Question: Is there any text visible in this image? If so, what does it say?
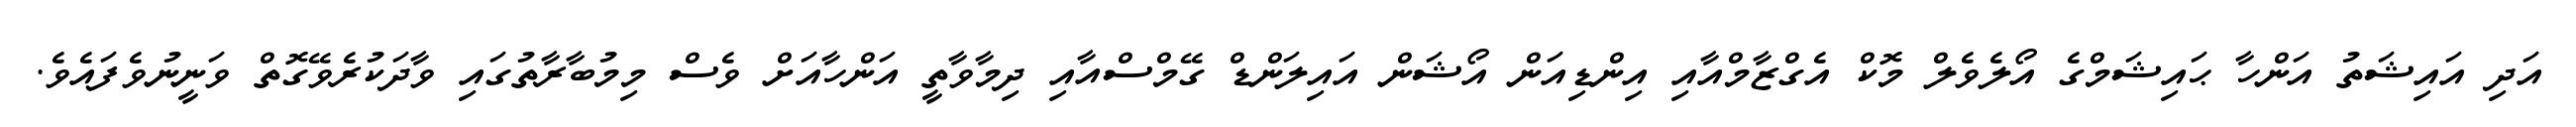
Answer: އަދި އައިޝަތު އަންހާ ޙައިޝަމްގެ އޯލެވެލް މޮކް އެގްޒާމްއާއި އިންޑިއަން އޯޝަން އައިލަންޑް ގޭމްސްއާއި ދިމާވާތީ އަންހާއަށް ވެސް މިމުބާރާތުގައި ވާދަކުރެވޭގޮތް ވަނީނުވެފައެވެ.